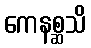
ကေနစ္ဆသိ